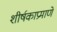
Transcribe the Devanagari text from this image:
शीर्षकाप्रमाणे